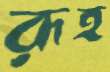
রূহ